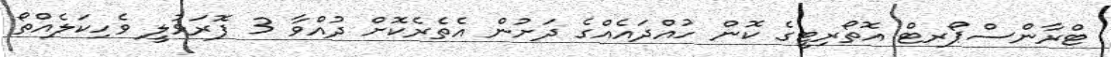
ޓްރާންސްޕޯރޓް އޮތޯރިޓީގެ ކޮން ހުއްދައެއްގެ ދަށުން އެތެރެކޮށް ދުއްވާ 3 ފޮރަޅުލީ ވެހިކަލެއްތޯ